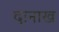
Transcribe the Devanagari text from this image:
दानाख